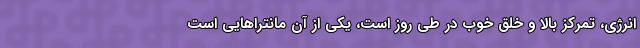
انرژی، تمرکز بالا و خلق خوب در طی روز است، یکی از آن مانترا‌هایی است